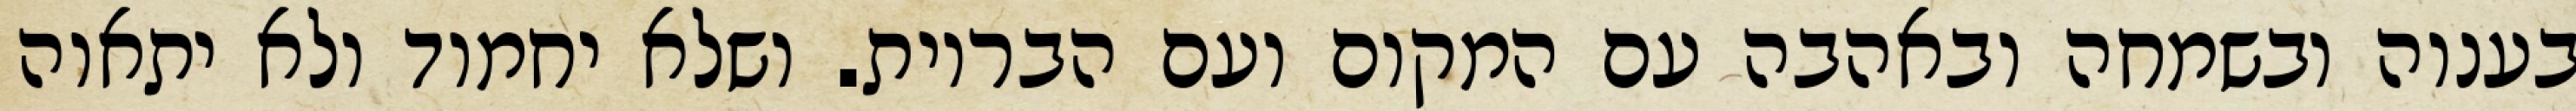
בענוה ובשמחה ובאהבה עם המקום ועם הבריות. ושלא יחמוד ולא יתאוה